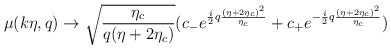
\begin{align*}\mu(k\eta, q) \rightarrow \sqrt{\frac{\eta_c}{q(\eta+2\eta_c)}}( c_{-} e ^{\frac{i}{2}q\frac{(\eta + 2\eta_c)^2}{\eta_c}} +c_{+} e ^{-\frac{i}{2}q\frac{(\eta + 2\eta_c)^2}{\eta_c}})\end{align*}